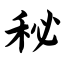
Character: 秘